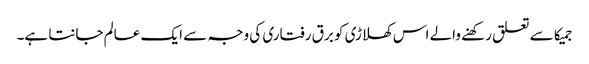
جمیکا سے تعلق رکھنے والے اس کھلاڑی کو برق رفتاری کی وجہ سے ایک عالم جانتا ہے۔